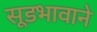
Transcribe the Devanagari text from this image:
सूडभावाने